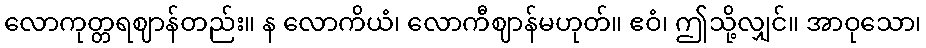
လောကုတ္တရဈာန်တည်း။ န လောကိယံ၊ လောကီဈာန်မဟုတ်။ ဧဝံ၊ ဤသို့လျှင်။ အာဝုသော၊